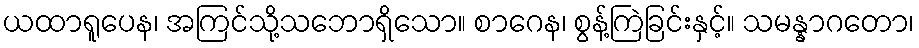
ယထာရူပေန၊ အကြင်သို့သဘောရှိသော။ စာဂေန၊ စွန့်ကြဲခြင်းနှင့်။ သမန္နာဂတော၊